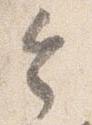
令